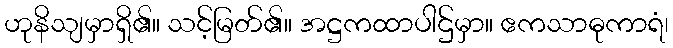
ဟုနိသျမှာရှိ၏။ သင့်မြတ်၏။ အဋ္ဌကထာပါဌ်မှာ။ ဧကသာဓုကာရံ၊